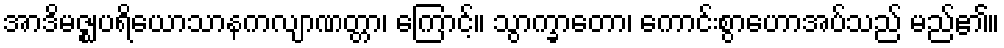
အာဒိမဇ္ဈပရိယောသာနကလျာဏတ္တာ၊ ကြောင့်။ သွာက္ခာတော၊ ကောင်းစွာဟောအပ်သည် မည်၏။